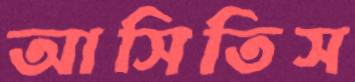
আসিতিস